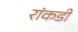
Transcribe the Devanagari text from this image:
रांकडी